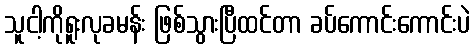
သူငါ့ကိုရူးလုခမန်း ဖြစ်သွားပြီထင်တာ ခပ်ကောင်းကောင်းပဲ